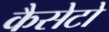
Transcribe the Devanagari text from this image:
कैसेटो